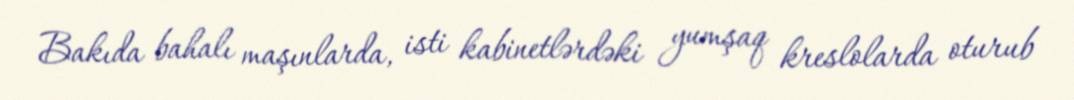
Bakıda bahalı maşınlarda, isti kabinetlərdəki yumşaq kreslolarda oturub